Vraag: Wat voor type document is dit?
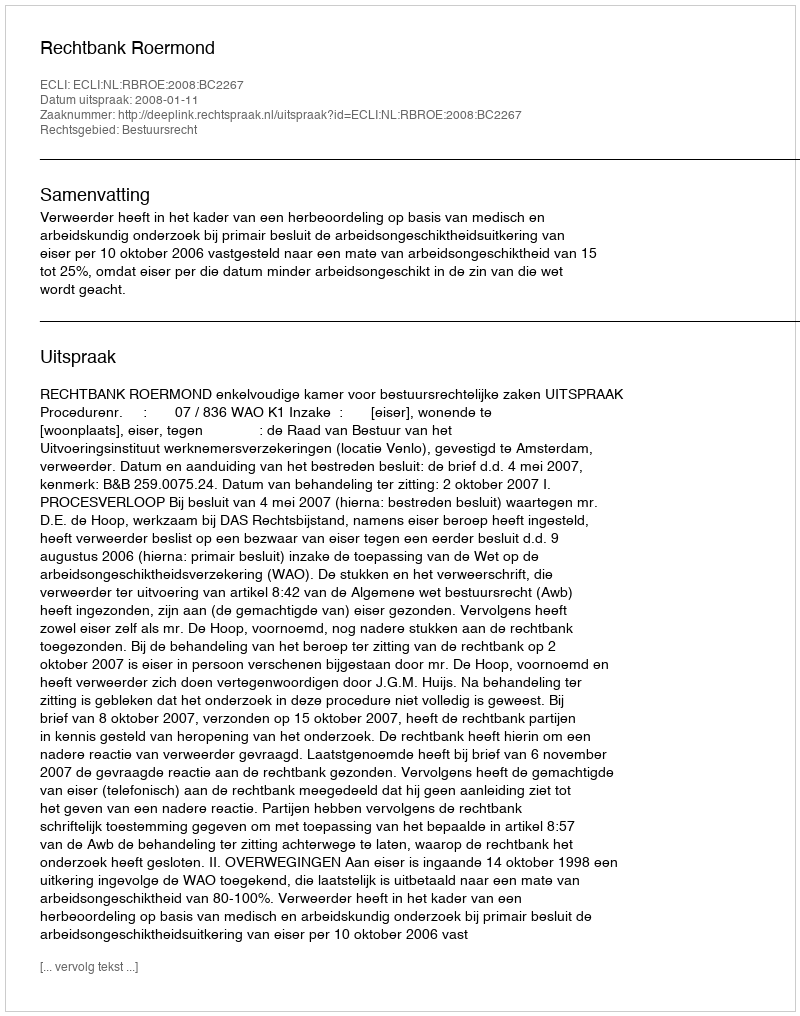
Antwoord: Uitspraak